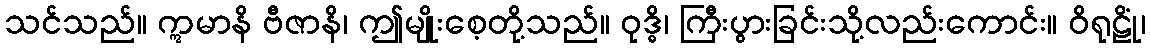
သင်သည်။ ဣမာနိ ဗီဇာနိ၊ ဤမျိုးစေ့တို့သည်။ ဝုဒ္ဓိ၊ ကြီးပွားခြင်းသို့လည်းကောင်း။ ဝိရုဠိုံ၊